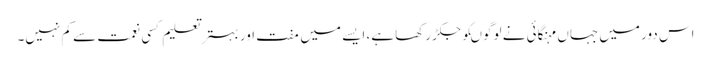
اس دور میں جہاں مہنگائی نے لوگوںکو جکڑ رکھا ہے، ایسے میں مفت اور بہتر تعلیم کسی نعمت سے کم نہیں۔